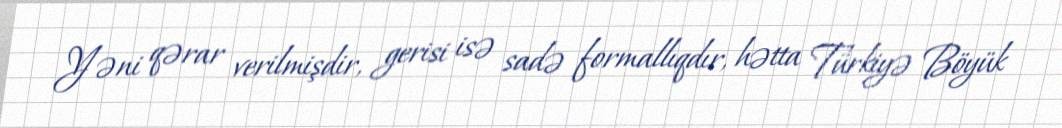
Yəni qərar verilmişdir, gerisi isə sadə formallıqdır, hətta Türkiyə Böyük